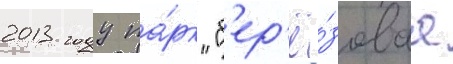
2013 году па́рк "б'ер'ё́зоваа